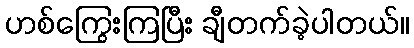
ဟစ်ကြွေးကြပြီး ချီတက်ခဲ့ပါတယ်။